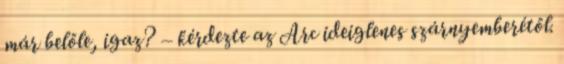
már belőle, igaz? – kérdezte az Arc ideiglenes szárnyemberétől.